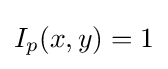
I_{p}(x,y)=1